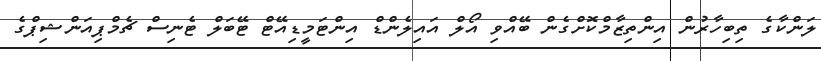
ލަންކާގެ ތިބިހާރުން އިންތިޒާމްކޮށްގެން ބޭއްވި އޯލް އައިލެންޑް އިންޓަމީޑިއޭޓް ޓޭބަލް ޓެނިސް ޗެމްޕިއަންޝިޕްގެ